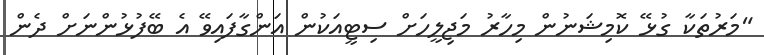
"މަރުތަކާ ގުޅޭ ކޮމިޝަނުން މިހާރު މަޖިލީހަށް ސިޓީއަކުން އަންގާފައިވޭ އެ ބޭފުޅުންނަށް ދެން